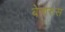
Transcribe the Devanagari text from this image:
बेनारुस